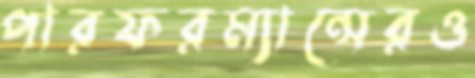
পারফরম্যান্সেরও